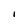
Character: i